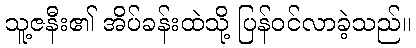
သူ့ဇနီး၏ အိပ်ခန်းထဲသို့ ပြန်ဝင်လာခဲ့သည်။